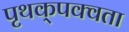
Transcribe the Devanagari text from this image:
पृथक्‌पक्वता